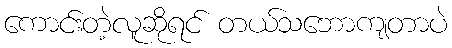
ကောင်းတဲ့လူဆိုရင် တယ်သဘောကျတာပဲ